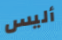
أليس